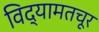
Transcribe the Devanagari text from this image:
विद्यामतचूर